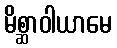
မိစ္ဆာဝါယာမေ